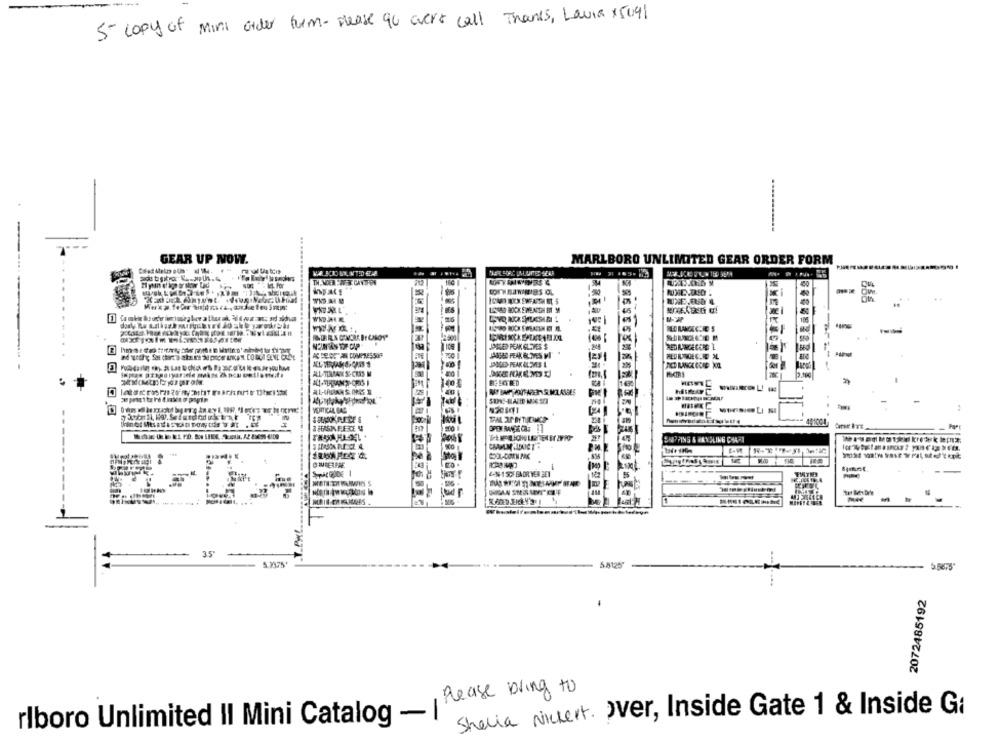
5- copy of mini order form-please qu avers call Thanks, Laura +5091
..
GEAR UP NOW.
MARLBORO UNLIMITED GEAR ORDER FORM
THEMDEN EWF 3. CANTFON
....
日茶宗族
JAGGED PEAK GLOVES $
-
JAGGED PEAK GLOVES MI
. .
JAQUES-PEAK OLIVE3 L
ALL-TIRMAN S'CRAS M
100
EG SCHRED
MYBAG ANITAPERS.MOLASSES
VERTICAL BAG
H
SHIPPING & RANGLING CHARI
CIUGERRIE
STRACGUIDE 1
-
&-N-15CF-BADR'VER SEI
.T.PAL.
35'
5.8125
2072485192
Please bring to
Shelia Nickert. Over, Inside Gate 1 & Inside Gi
rlboro Unlimited Il Mini Catalog - I